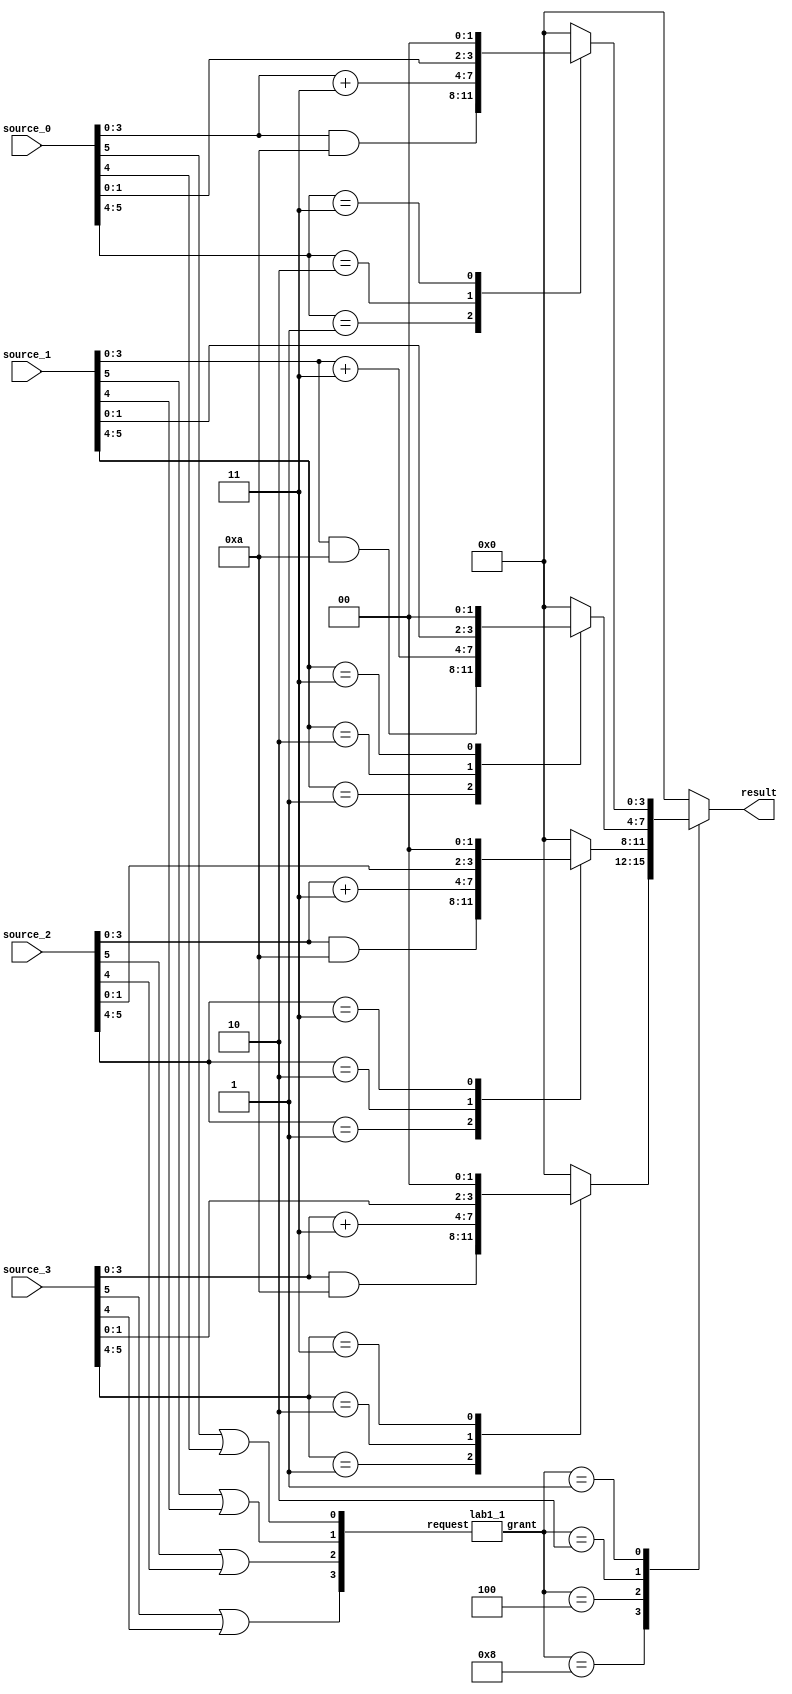
`timescale 1ns/100ps
module lab1_2 (
    input wire [5:0] source_0,
    input wire [5:0] source_1,
    input wire [5:0] source_2,
    input wire [5:0] source_3,
    output reg [3:0] result
); 
    /* Note that result can be either reg or wire. 
    * It depends on how you design your module. */
    // add your design here 
    wire [3:0] request;
    wire [3:0] grant;
    
    assign request[3] = source_3[5] | source_3[4];
    assign request[2] = source_2[5] | source_2[4];
    assign request[1] = source_1[5] | source_1[4];
    assign request[0] = source_0[5] | source_0[4];
    
    lab1_1 arb(.request(request), .grant(grant));
    
    always @* begin
        result = 4'b0000;
        #0.5;
        case(grant)
            4'b1000: result = process(source_3);
            4'b0100: result = process(source_2);
            4'b0010: result = process(source_1);
            4'b0001: result = process(source_0);
        endcase
    end
    
    function [3:0] process;
        input [5:0] source;
        begin
            process = 4'b0000;
            case(source[5:4])
                2'b01:  process = source[3:0] & 4'b1010;
                2'b10:  process = source[3:0] + 4'd3;
                2'b11:  process = source[3:0] << 2;
            endcase
        end
    endfunction
endmodule

module lab1_1 (
    input wire [3:0] request,
    output reg [3:0] grant
); 
    always @* begin
        grant = 4'b0000;
        if(request[3])
            grant = 4'b1000;
        else if(request[2])
            grant = 4'b0100;
        else if(request[1])
            grant = 4'b0010;
        else if(request[0])
            grant = 4'b0001;
    end
endmodule